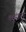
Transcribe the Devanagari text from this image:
कमांडरचे